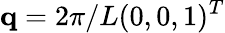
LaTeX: \mathbf{q}=2\pi/L(0,0,1)^{T}